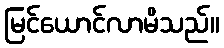
မြင်ယောင်လာမိသည်။